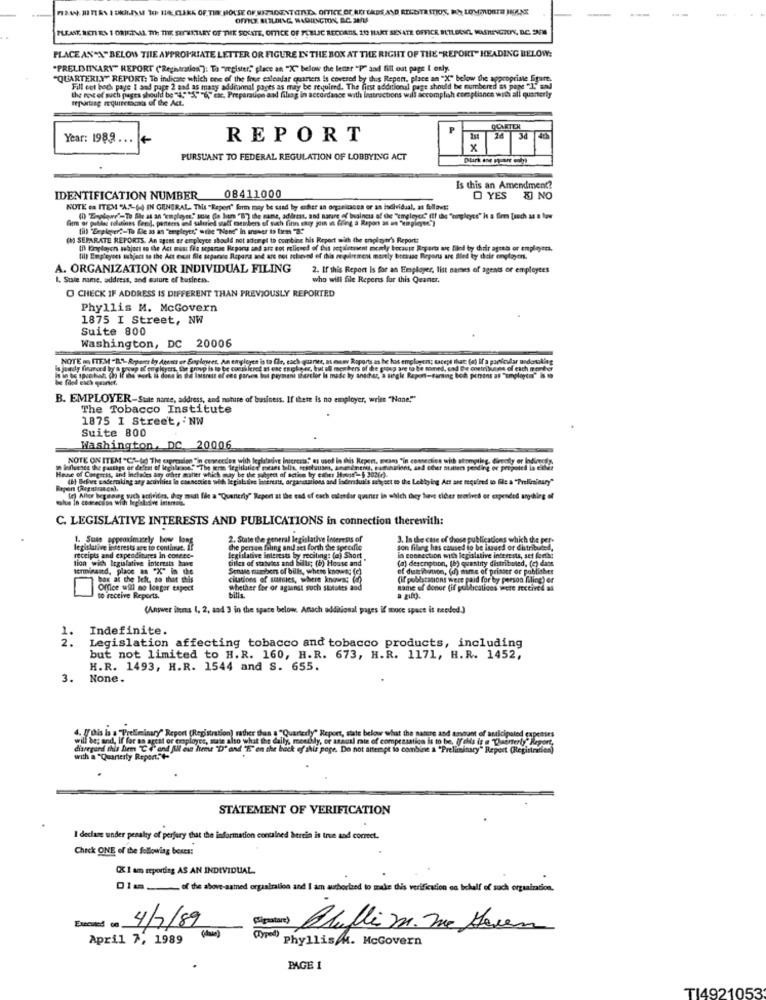
OFFICE BUILDING, WASHINGTON, D.C. SAS
PLEASE, RETI EN 1 ORIGINAL. The THE STONETARY OF THE SENATE, OFFICE OF PUBLIC RECDATIS, 202 MART SENATE OFFICE BUILDINGL WASTUENGREY, D.C. ONE
PLACE AN"A" BELOW THE APPROPRIATE LETTER OR FIGURE IN THE BOX AT THE RIGHT OF THE "REPORT" HEADING BELOW:
"PRELIMINARY" REPORT ("Reghiration"): Ta "register," place an "X" below the lener "P" and fill out page [ only.
"QUARTERLY" REPORT: To indicare which one of the free calendar quarters is covered by this Repon, place an "X" below the appropriate figure.
the most of such pages should be "4""S" "6" cac, Preparation and fibag in accordance with instructions will accomplish compliance with all quarterly
Fill out boch paye 1 and pape 2 aad as many addinonal poges as may be required. The first additional page should be numbered as pape "I" and
QUARTER
Year: 1989 ... +
REPORT
x
PURSUANT TO FEDERAL REGULATION OF LOBBYING ACT
Is this an Amendment?
IDENTIFICATION NUMBER
08411000
O YES
O YES & NO
% NO
NOTE es ITEM "A"() IN GENERAL This "Repent" form may be used by cher an organizaces or an individual, as follows:
firm of pablac solutions Geral, panters ind salutied staff members of such finn say jom in fling a Repon as un "kiplone")
(1) Tylow"-To She as an 'kemployee, you (o hum "B) the name, address, and nature of business of the "employer" (Ef the "tingleyce" in a firm [sech as a low
till "Depleper ?- To Ble as an "employer," "the "Nene"' In answer to tien B.
(M SEPARATE REPORTS. An agent er emplyce should not aterel to combine his Report with the enplmar's Report:
til tonplayer sobject on the Act most fils seganan Report and are not roliseed of this repaintnent merely because Reports are filed by their agott or employees.
lil) Employees subject to the Act exit file auganes Repara and are not relieved of this requirement merely because Reports are illed by their onplayth.
A. ORGANIZATION OR INDIVIDUAL FILING
2. If this Report is for an Employer, list names of agesis or employees
1. Siste name, address, and suture ef business.
who will file Repens for this Quaner.
O CHECK IF ADDRESS IS DIFFERENT THAN PREVIOUSLY REPORTED
Phyllis M. McGovern
1875 I Street, NW
Suite 800
Washington, DC 20006
he las employers; sacept that (e) If a particular
B. EMPLOYER-State name, address, and nature of business. If there is no employer, write "Nane!"
The Tobacco Institute
1875 1 Street, NW
Suite 800
Washington, DC 20006
NOTE ON ITEM "C"(e) The expression "in connecten with leplteve Interests"" es used in this Repent, means "in connection with atomptleg. directly or Indirectly.
p influence the passage of defrat ef lechlasse""The term leghtaller meant bills, resoluusnt, Amendments, samtaurions, and edit Butters pending or propoted in either
Hane of Cargecss, and inchades any other mallet which may be the subject of actico by esher Hotne"- 5 302(c)-
(b) Belivee underpling any seuvites lo connectice with legisla ine laterents, organisations and isderaduil's subject to the Lekbying Att are required to file a "Preliminary"
Repen (Regnicancn).
plus In coscecilon with legisladive interesie.
(c) Alles beganag such aolivites, they midt file a "Quarterly" Report at the end of each calendar quarter in which they have cicer torives or expended anything of
C. LEGISLATIVE INTERESTS AND PUBLICATIONS in connection therewith:
1. Suts approximately how long
2. State the general legislative Interests of
3. In the case of those publications which the per-
legislative interests are to continue. II
the person faling and set forth the speedte
son filang has caused to be issued or distributed,
receipts and expenditures In concee-
tion wich legislative interests have
legislative interests by sociling: (a) Short
tilles of statvies and balls; (b) House and
in connection with legislative interests, set forth:
(a) description, (b) quantity distributed, (c) dans
terminaitd, plaos = "X" in the
Senase numbers of bills, where knows; (c)
of distribuwon, (d) mme of prinser or publisher
box at the left, so that this
citations of statnies, where knows;
(If poblacanons were paid for by person filing) er
Office will no longer expect
whether for or against such stototes a
name of donor (if publications were received as
to receive Reports.
bills
(Answer itens (, 2, and 3 in the space below. Anach additional pages if more space is needed.]
Indefinite.
2 .
1.
Legislation affecting tobacco and tobacco products, including
but not limited to H.R. 160, H.R. 673, H.R. 1171, H.R. 1452,
H.R. 1493, H.R. 1544 and S. 655.
3.
None.
daily, meetbly, or asausl rate of compensatico is to be, If this is e Theenterly" Report,
"Quarterly" Report, state below what the nanere and amount of anticipated capenses
disregard this hem C4' er
it back of this page. Do not attempt to combine a "Preliminary" Report (Registration)
with a "Quarterly Report"
STATEMENT OF VERIFICATION
I declase under penalty of perjury that the information contained herein is true and correct.
Check ONE of the following bexes:
CX 1 am reporting AS AN INDIVIDUAL.
Dim ___ of the above-named orparation and I am authorized to make dis verification on behalf of such organization.
Excused co
4/7/89
Siste ) Atufli m. me Haven
April 7, 1989 ()
Phyllis/h. McGovern
PAGE 1
TI4921053